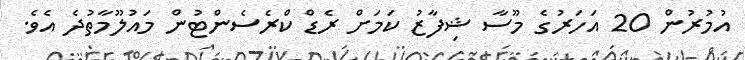
އުމުރުން 20 އަހަރުގެ މޫސާ ޝިފާޒު ކަމަށް ރެޑް ކްރެސެންޓުން މައުލޫމާތުދެ އެވެ.